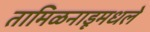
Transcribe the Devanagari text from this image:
तामिळनाडूमधले